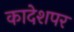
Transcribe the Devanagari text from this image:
कादेशपर